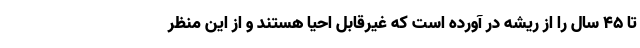
تا ۴۵ سال را از ریشه در آورده است که غیرقابل احیا هستند و از این منظر